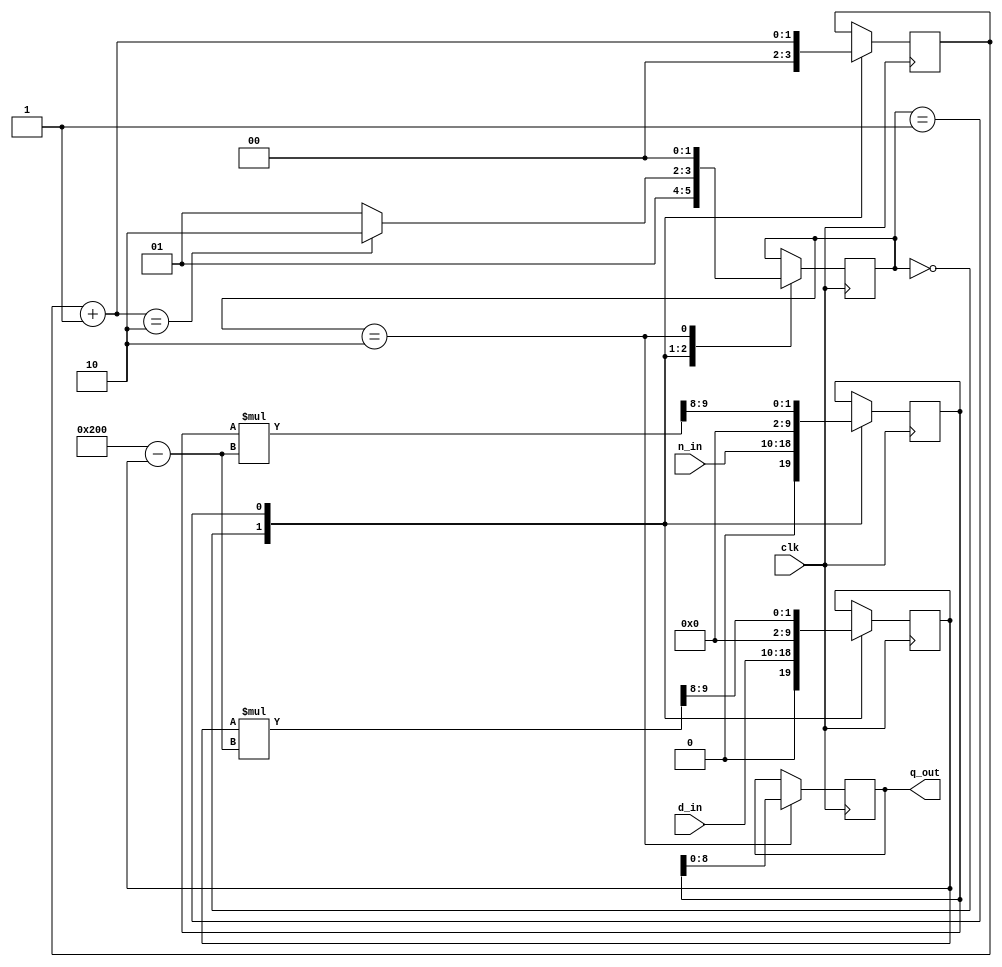
//*********************************************************
// IEEE STD 1364-1995 Verilog file: div_aegp.v
// Author-EMAIL: Uwe.Meyer-Baese@ieee.org
//*********************************************************
// Convergence division after 
//                 Anderson, Earle, Goldschmidt, and Powers
// Bit width:  WN         WD           WN            WD
//         Nominator / Denumerator = Quotient and Remainder
// OR:       Nominator = Quotient * Denumerator + Remainder

module div_aegp(clk, n_in, d_in, q_out);

  input         clk;
  input  [8:0] n_in;
  input  [8:0] d_in;
  output [8:0] q_out;
  reg    [8:0] q_out;

  always @(posedge clk) //-> Divider in behavioral style
  begin : States
    parameter s0=0, s1=1, s2=2;
    reg [1:0] count;
    reg [1:0] state;
    reg [9:0] x, t, f;        // one guard bit 
    case (state) 
      s0 : begin              // Initialization step 
        state <= s1;
        count = 0;
        t <= {1'b0, d_in};    // Load denumerator
        x <= {1'b0, n_in};    // Load nominator
      end                                           
      s1 : begin            // Processing step 
        f = 512 - t;        // TWO - t
        x <= (x * f) >> 8;  // Factional f
        t <= (t * f) >> 8;  // Scale by 256
        count = count + 1;
        if (count == 2)     // Division ready ?
          state <= s2;
        else             
          state <= s1;
      end
      s2 : begin       // Output of result
        q_out <= x[8:0]; 
        state <= s0;   // Start next division
      end
    endcase  
  end

endmodule